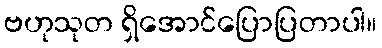
ဗဟုသုတ ရှိအောင်ပြောပြတာပါ။